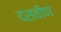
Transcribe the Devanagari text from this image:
दसवीण